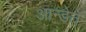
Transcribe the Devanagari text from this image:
आन्डेते